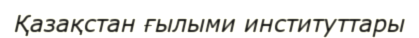
Қазақстан ғылыми институттары